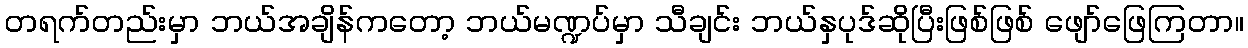
တရက်တည်းမှာ ဘယ်အချိန်ကတော့ ဘယ်မဏ္ဍပ်မှာ သီချင်း ဘယ်နှပုဒ်ဆိုပြီးဖြစ်ဖြစ် ဖျော်ဖြေကြတာ။